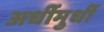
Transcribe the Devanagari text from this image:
अर्धीमुर्धी